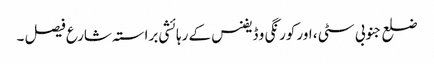
ضلع جنوبی سٹی ، اور کورنگی و ڈیفنس کے رہائشی براستہ شارع فیصل ۔